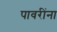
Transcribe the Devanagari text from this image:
पावरींना